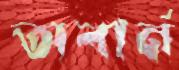
অবার্ন